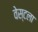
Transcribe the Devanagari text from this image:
वेस्टला